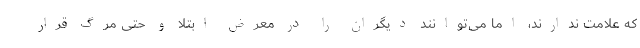
که علامت ندارند، اما می‌توانند دیگران را در معرض ابتلا و حتی مرگ قرار